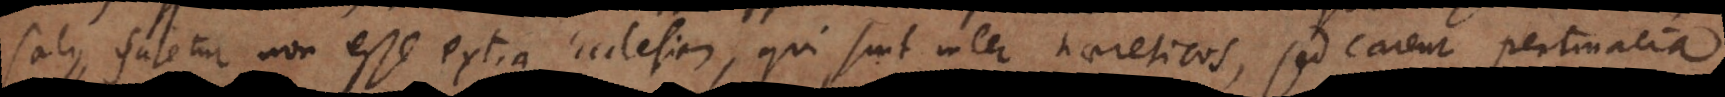
salus, fatetur non esse extra Ecclesiam, qui sunt inter haereticos, sed carent pertinacia.